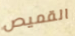
القميص